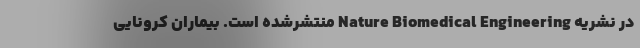
در نشریه Nature Biomedical Engineering منتشرشده است. بیماران کرونایی